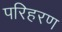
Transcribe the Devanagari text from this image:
परिहरण